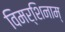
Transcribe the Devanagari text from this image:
विमर्शिनाम्